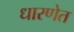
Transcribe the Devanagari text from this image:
धारणेत